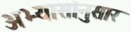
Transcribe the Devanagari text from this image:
अभ्यासांनुसार